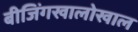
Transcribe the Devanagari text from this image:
बीजिंगखालोखाल